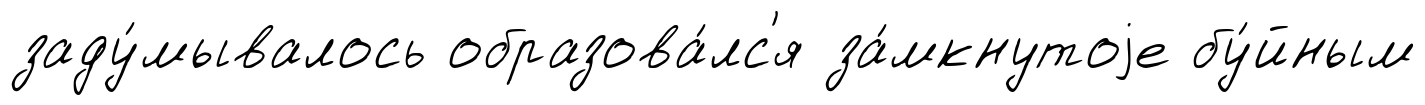
заду́мывалось образова́лс'я за́мкнутоjе бу́йным